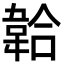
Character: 韐